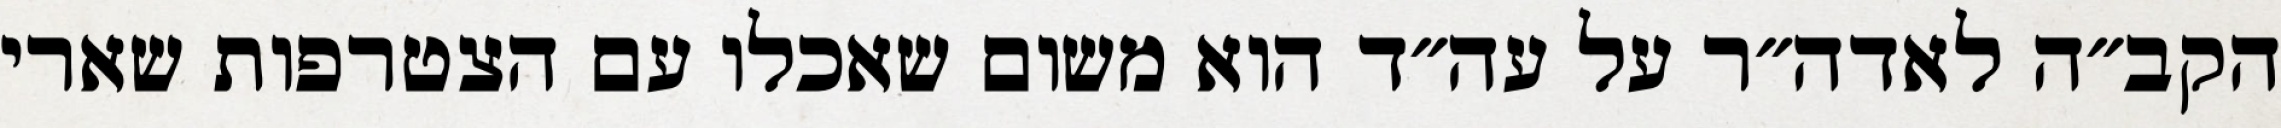
הקב״ה לאדה״ר על עה״ד הוא משום שאכלו עם הצטרפות שארי